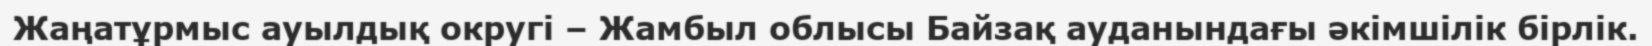
Жаңатұрмыс ауылдық округі – Жамбыл облысы Байзақ ауданындағы әкімшілік бірлік.